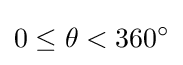
0\leq \theta <360^{\circ }